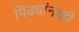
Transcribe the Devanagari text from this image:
पिढ्यांनाही